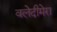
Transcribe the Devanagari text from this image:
वलेदीमेरा